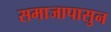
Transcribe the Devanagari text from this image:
समाजापासुन